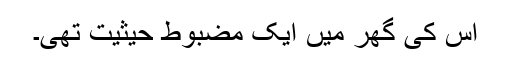
اس کی گھر میں ایک مضبوط حیثیت تھی۔